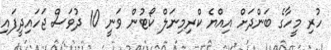
ހުރި މީހާގެ ބަންދަށް އިއްޔެ ކްރިމިނަލް ކޯޓުން ވަނީ 10 ދުވަސް ޖަހައިދީފައި